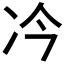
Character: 𪞘